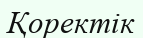
Қоректік